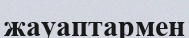
жауаптармен